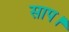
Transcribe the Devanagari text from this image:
साप।